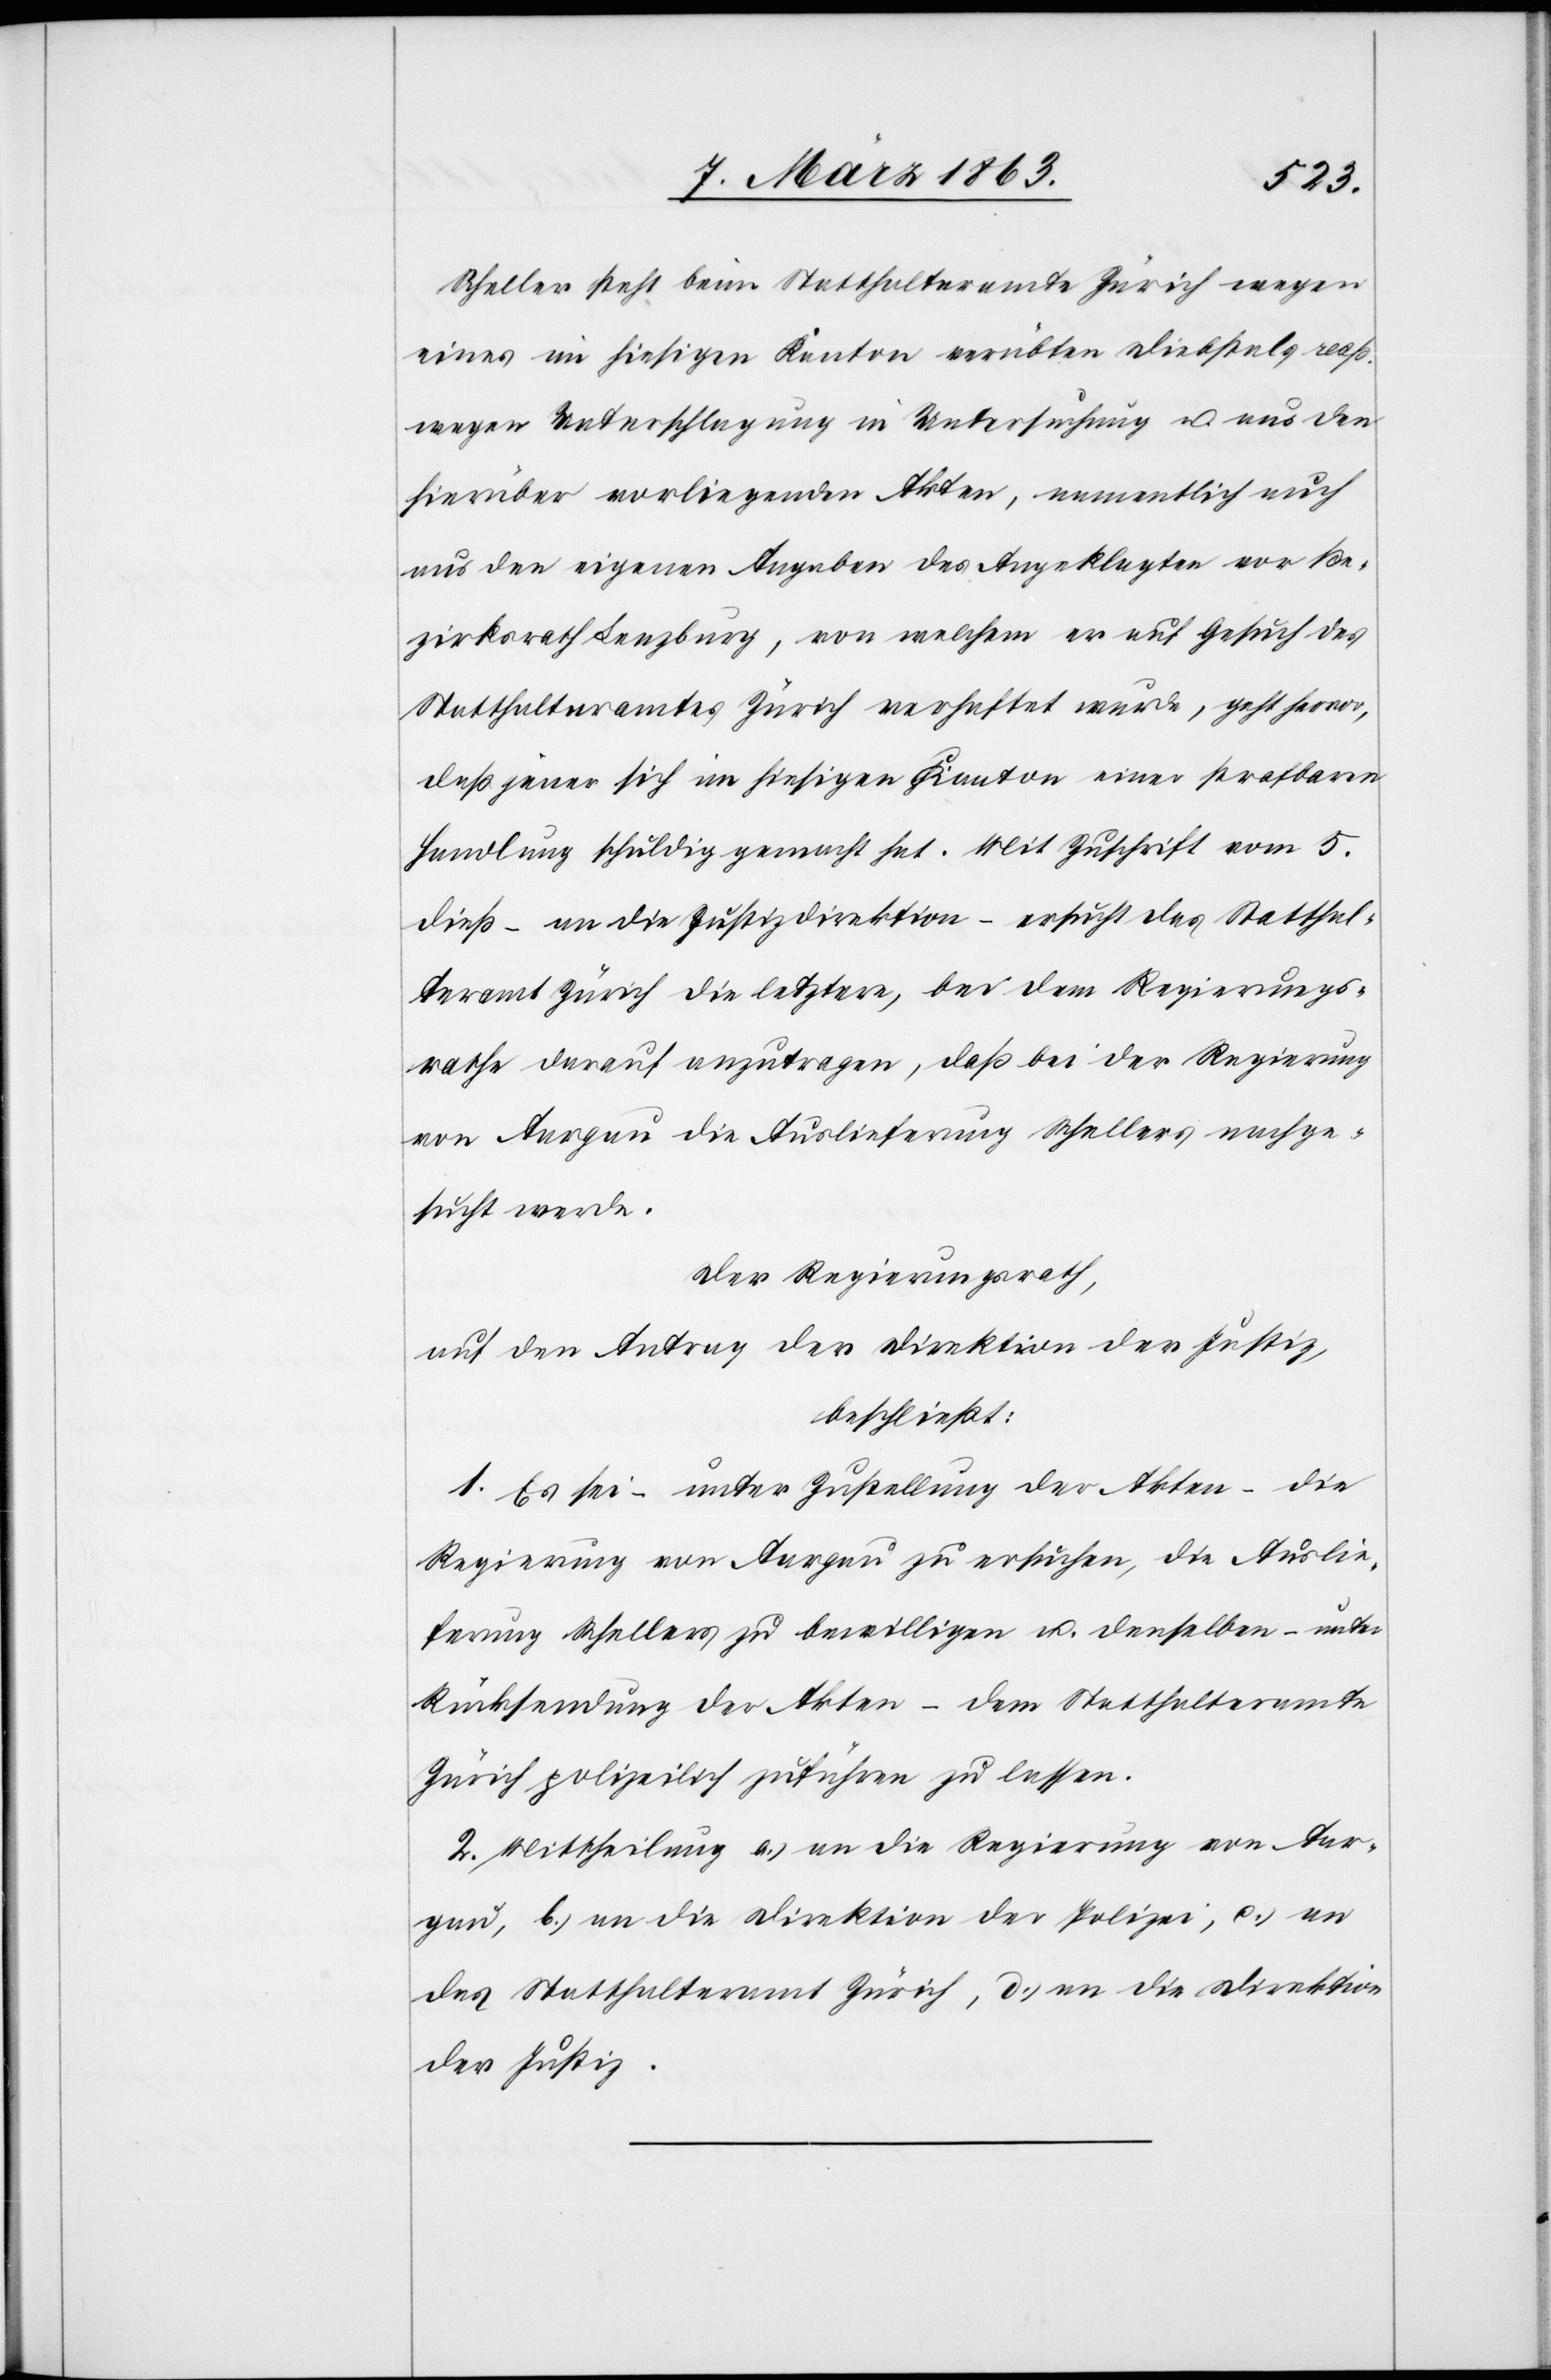
Scheller steht beim Statthalteramte Zürich wegen
eines im hiesigen Kanton verübten Diebstals resp.
wegen Unterschlagung in Untersuchung u. aus den
hierüber vorliegenden Akten, namentlich auch
aus den eigenen Angaben des Angeklagten vor
Bezirksrath Lenzburg, von welchem er auf Gesuch des
Statthalteramtes Zürich verhaftet wurde, geht hervor,
daß jener sich im hiesigen Kanton einer strafbaren
Handlung schuldig gemacht hat. Mit Zuschrift vom 5.
dieß – an die Justizdirektion – ersucht das Statthal¬
teramt Zürich die letztere, bei dem Regierungs¬
rathe darauf anzutragen, daß bei der Regierung
von Aargau die Auslieferung Schellers nachge¬
sucht werde.
Der Regierungsrath,
auf den Antrag der Direktion der Justiz,
beschließt:
1. Es sei – unter Zustellung der Akten – die
Regierung von Aargau zu ersuchen, die Auslie¬
ferung Schellers zu bewilligen u. denselben – unter
Rücksendung der Akten – dem Statthalteramte
Zürich polizeilich zuführen zu lassen.
2. Mittheilung a.) an die Regierung von Aar¬
gau, b.) an die Direktion der Polizei, c.) an
das Statthalteramt Zürich, d.) an die Direktion
der Justiz.